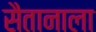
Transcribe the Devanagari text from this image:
सैतानाला